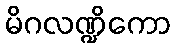
မိဂလဏ္ဍိကော